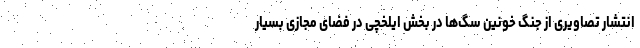
انتشار تصاویری از جنگ خونین سگ‌ها در بخش ایلخچی در فضای مجازی بسیار